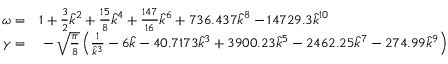
\begin{array} { r l } { \omega = } & { { } 1 + \frac { 3 } { 2 } \hat { k } ^ { 2 } + \frac { 1 5 } { 8 } \hat { k } ^ { 4 } + \frac { 1 4 7 } { 1 6 } \hat { k } ^ { 6 } + 7 3 6 . 4 3 7 \hat { k } ^ { 8 } - 1 4 7 2 9 . 3 \hat { k } ^ { 1 0 } } \\ { \gamma = } & { { } - \sqrt { \frac { \pi } { 8 } } \left( \frac { 1 } { \hat { k } ^ { 3 } } - 6 \hat { k } - 4 0 . 7 1 7 3 \hat { k } ^ { 3 } + 3 9 0 0 . 2 3 \hat { k } ^ { 5 } - 2 4 6 2 . 2 5 \hat { k } ^ { 7 } - 2 7 4 . 9 9 \hat { k } ^ { 9 } \right) } \end{array}